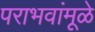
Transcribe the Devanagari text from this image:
पराभवांमूळे